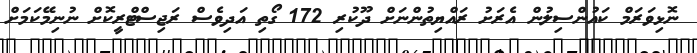
ނޮޅިވަރަމް ކައުންސިލުން އެރަށު ރައްޔިތުންނަށް ދޫކުރި 172 ގޯތި އަދިވެސް ރަޖިސްޓްރީކޮށް ނުނިމޭކަމަށް